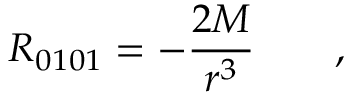
R _ { 0 1 0 1 } = - \frac { 2 M } { r ^ { 3 } } \qquad ,